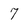
Character: 7